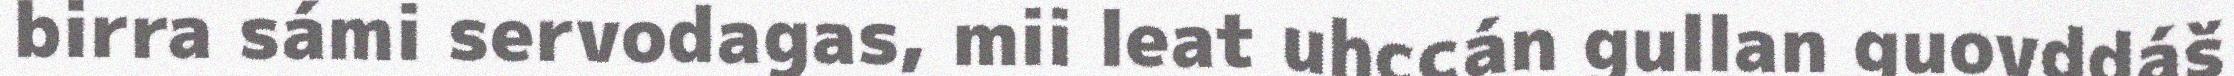
birra sámi servodagas, mii leat uhccán gullan guovddáš